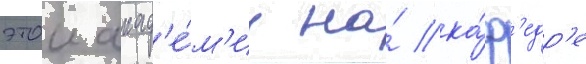
этои акад'е́м'ии на́ ка́ф'едр'е